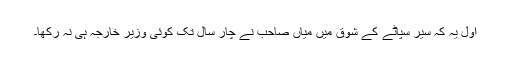
اول یہ کہ سیر سپاٹے کے شوق میں میاں صاحب نے چار سال تک کوئی وزیر خارجہ ہی نہ رکھا۔